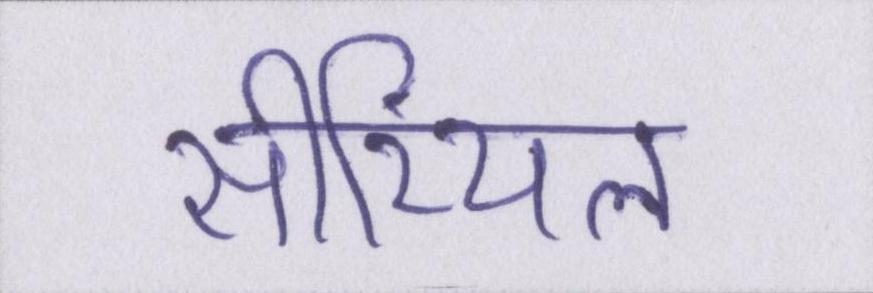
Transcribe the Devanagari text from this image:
सीरियल